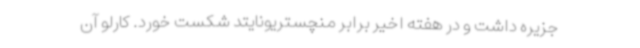
جزیره داشت و در هفته اخیر برابر منچستریونایتد شکست خورد. کارلو آن